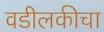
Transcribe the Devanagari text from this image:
वडीलकीचा